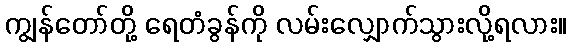
ကျွန်တော်တို့ ရေတံခွန်ကို လမ်းလျှောက်သွားလို့ရလား။